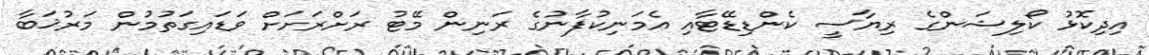
އިދިކޮޅު ކޯލިޝަންގެ ރިޔާސީ ކެންޑިޑޭޓާއި އެމަނިކުފާނުގެ ރަނިން މޭޓު ރަށްރަށަށް ވަޑައިގަތުމުން މަރުޚަބާ